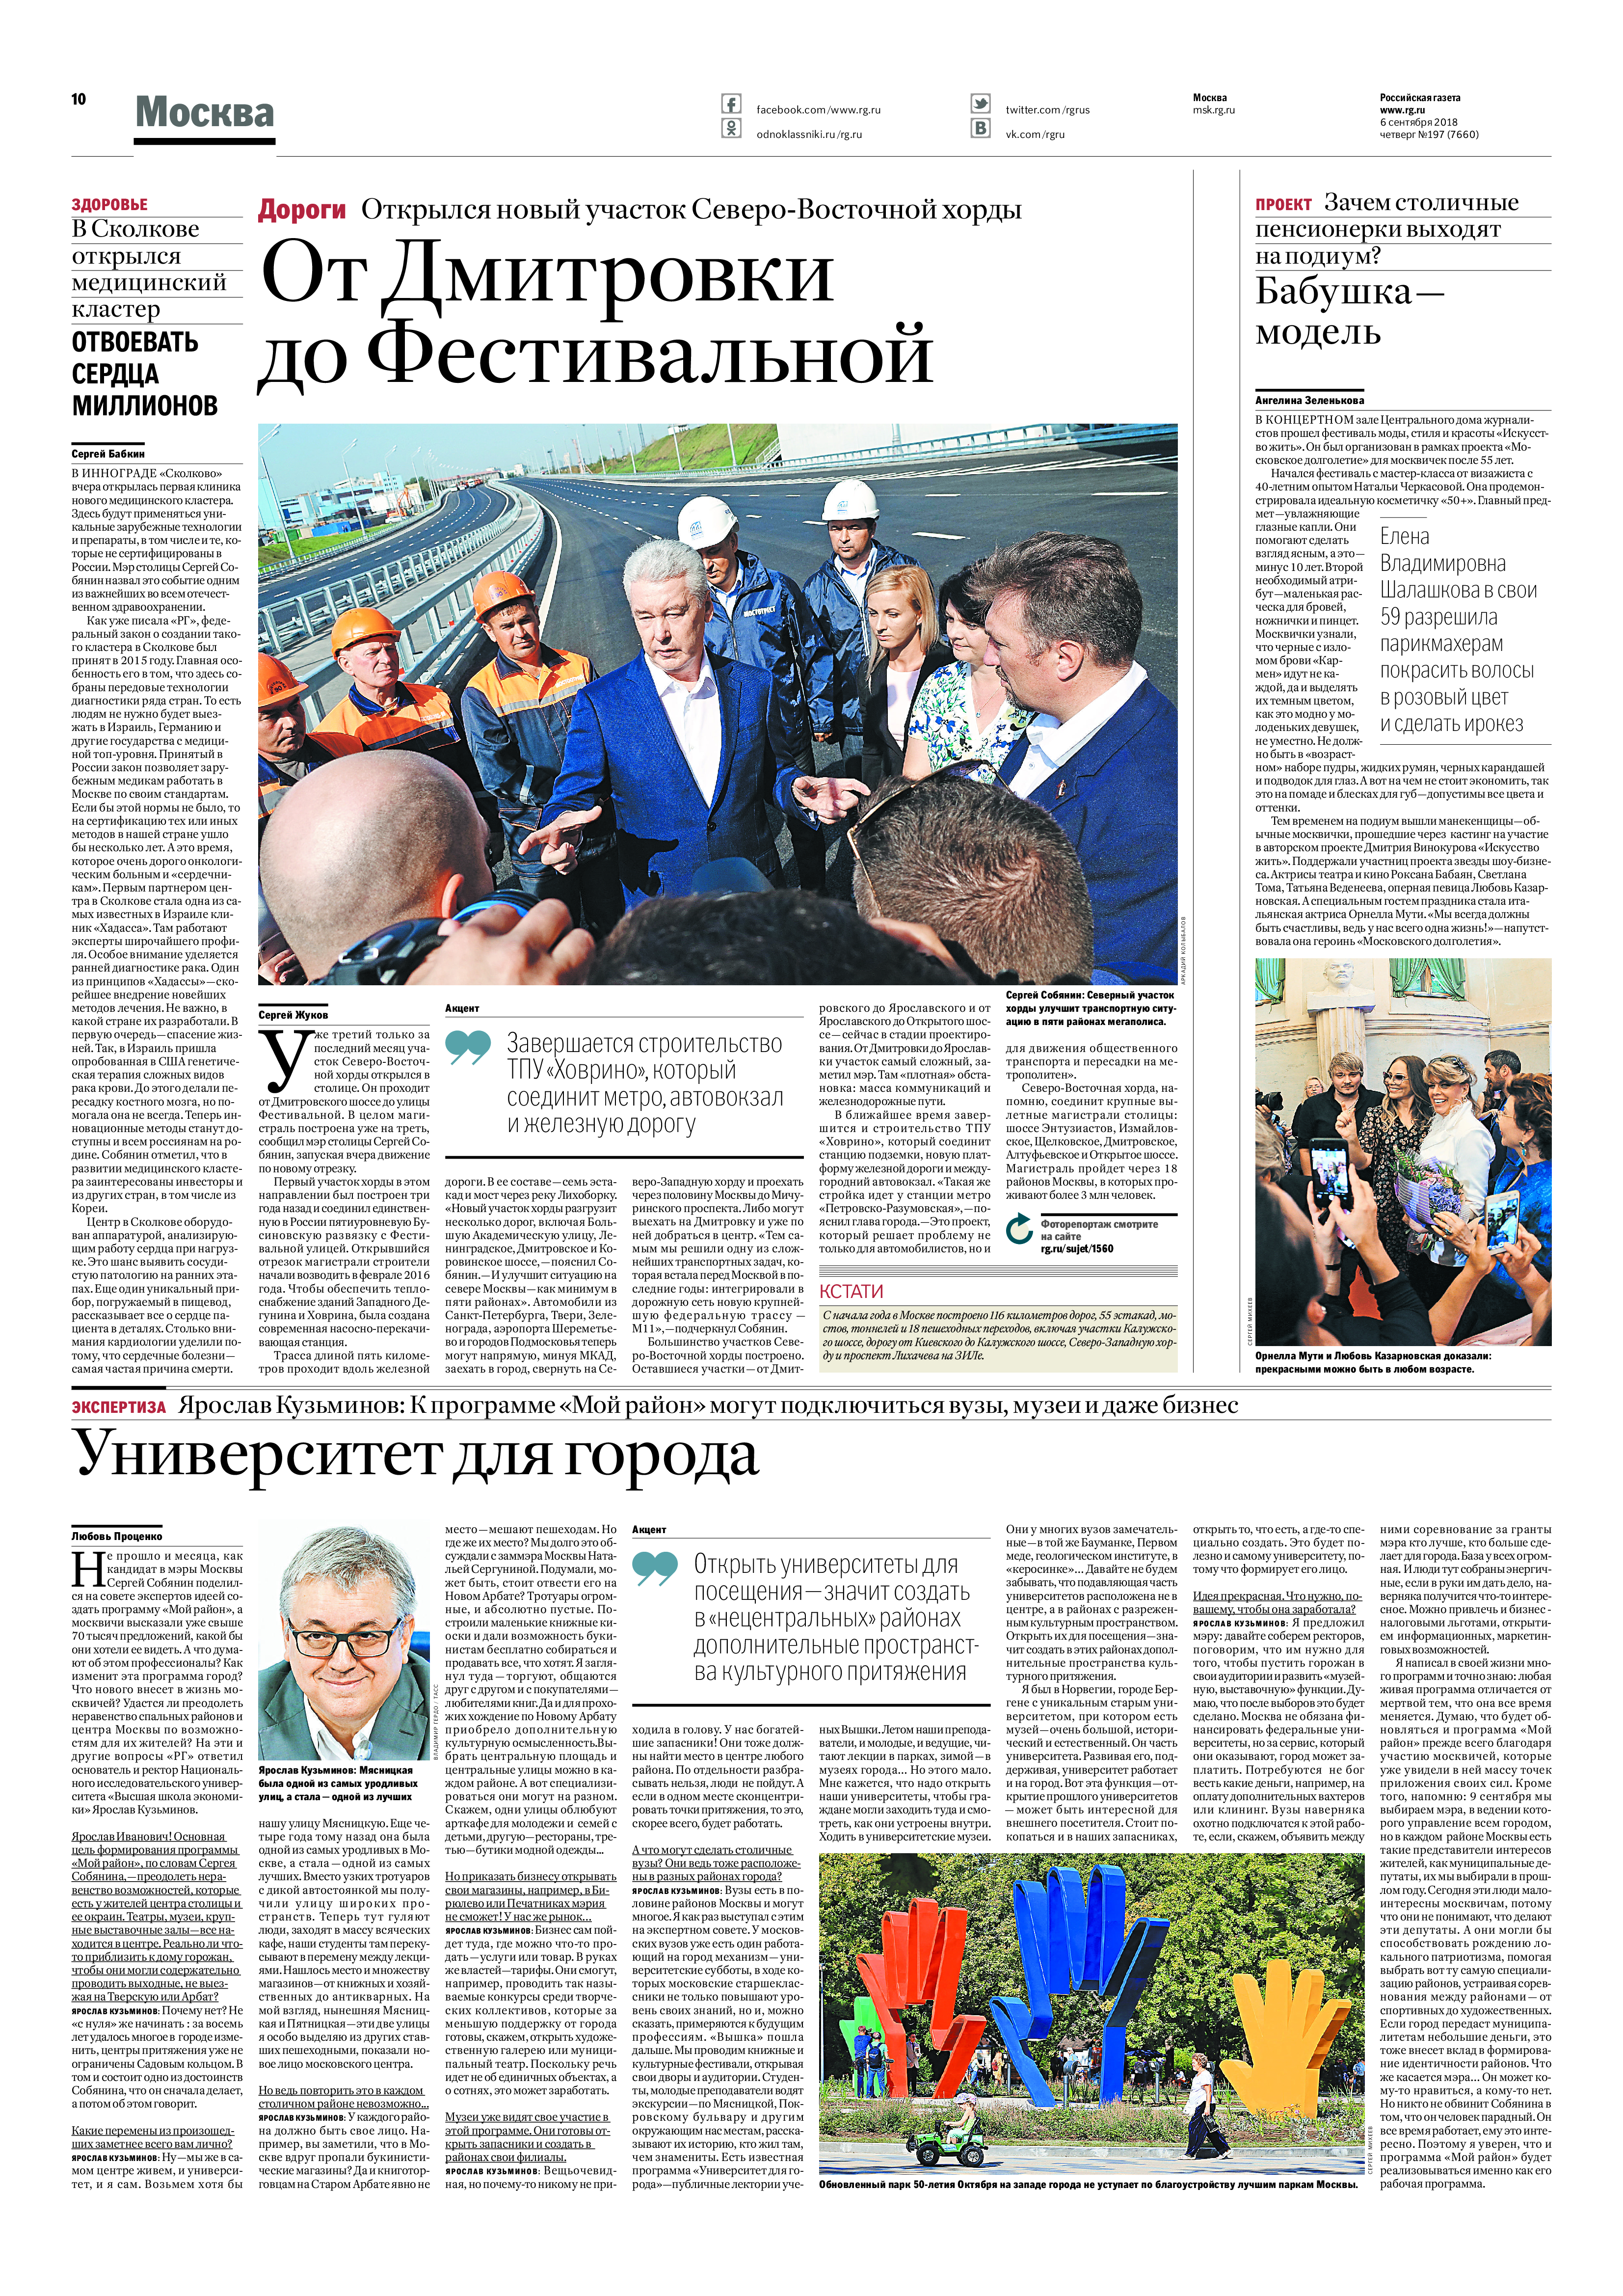
Language: ru